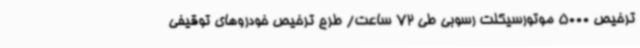
ترخیص 5000 موتورسیکلت رسوبی طی 72 ساعت/ طرح ترخیص خودروهای توقیفی